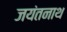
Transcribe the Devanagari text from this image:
जयंतनाथ